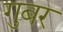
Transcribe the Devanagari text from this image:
गुबर